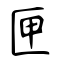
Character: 匣